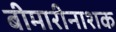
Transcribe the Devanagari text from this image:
बीमारीनाशक